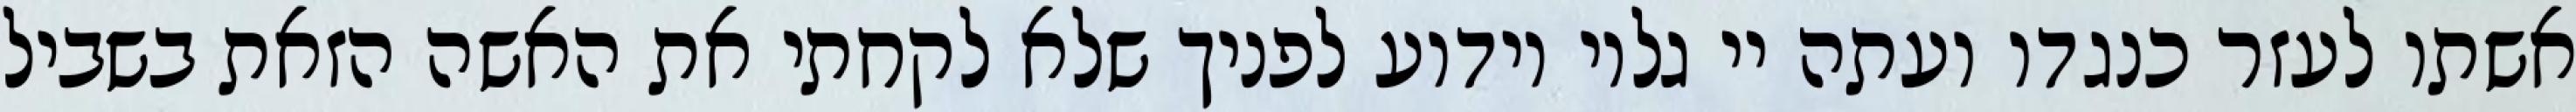
אשתו לעזר כנגדו ועתה יי גלוי וידוע לפניך שלא לקחתי את האשה הזאת בשביל